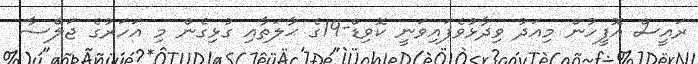
ރައީސް އޮފީހުން މިއަދު ވިދާޅުވެފައިވަނީ ކޮވިޑް-19ގެ ޙާލަތާއި ގުޅިގެން މި އަހަރުގެ ޖަލްސާ